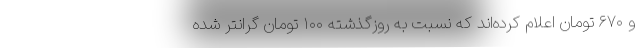
و ۶۷۰ تومان اعلام کرده‌اند که نسبت به روزگذشته ۱۰۰ تومان گرانتر شده